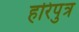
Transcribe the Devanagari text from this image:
हरिपुत्र